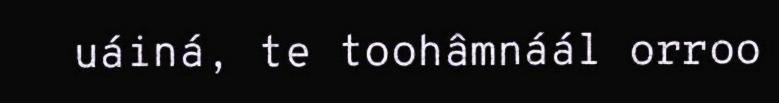
uáiná, te toohâmnáál orroo